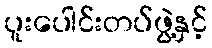
ပူးပေါင်းတပ်ဖွဲ့နှင့်